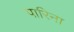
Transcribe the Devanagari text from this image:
पारिना